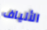
الألياف